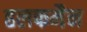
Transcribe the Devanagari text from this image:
हलफमैन